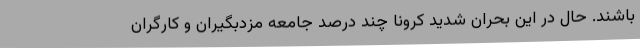
باشند. حال در این بحران شدید کرونا چند درصد جامعه مزدبگیران و کارگران